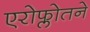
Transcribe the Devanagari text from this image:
एरोफ्लोतने